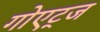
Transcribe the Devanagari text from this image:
गोएट्ज